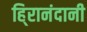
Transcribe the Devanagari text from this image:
हि्रानंदानी